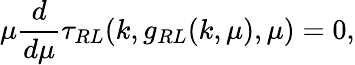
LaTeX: \mu\frac{d}{d\mu}\tau_{RL}(k,g_{RL}(k,\mu),\mu)=0,